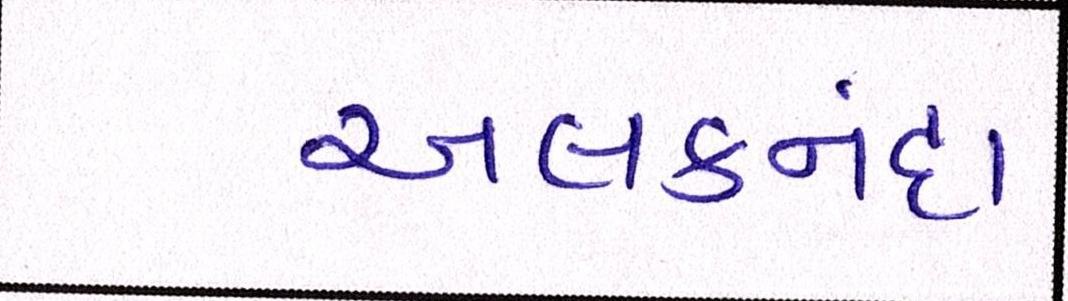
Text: અલકનંદા